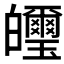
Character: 𤿂